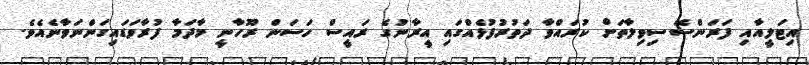
އިޓަލީއާއި ފަރަންސޭސިވިލާތަށް ކުރައްވާ ދަތުރުފުޅެއްގައި އީރާނުގެ ރައީސް ހަސަން ރޫހާނީ މާދަމާ ފުރާވަޑައިގަންނަވާނެއެވެ.